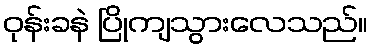
ဝုန်းခနဲ ပြိုကျသွားလေသည်။